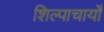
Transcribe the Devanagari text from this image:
शिल्पाचार्यो